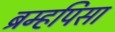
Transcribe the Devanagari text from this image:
ब्रम्हपिसा